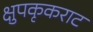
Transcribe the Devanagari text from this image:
क्षुपकृकराट